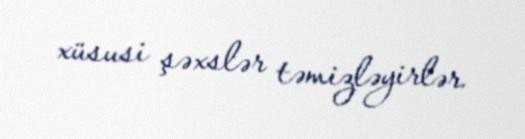
xüsusi şəxslər təmizləyirlər.